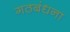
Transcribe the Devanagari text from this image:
गठबंधना